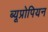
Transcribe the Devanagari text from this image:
ब्यूप्रोपियन